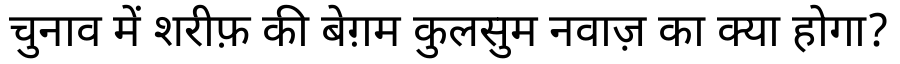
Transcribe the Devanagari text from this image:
चुनाव में शरीफ़ की बेग़म कुलसुम नवाज़ का क्या होगा?